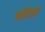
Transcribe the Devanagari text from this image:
कोटङा